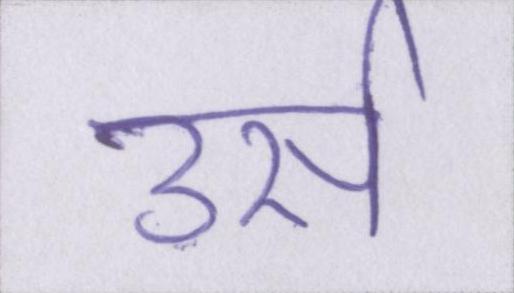
उर्स